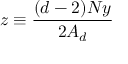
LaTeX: z \equiv \frac { ( d - 2 ) N y } { 2 A _ { d } }